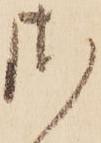
つ